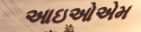
આઇઓએમ